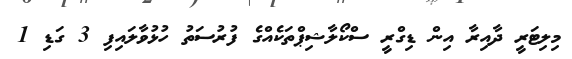
މިލިޓަރީ ދާއިރާ އިން ޑިގްރީ ސްކޯލާޝިޕްތަކެއްގެ ފުރުސަތު ހުޅުވާލައިފި 3 ގަޑި 1